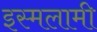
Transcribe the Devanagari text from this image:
इस्मलामी